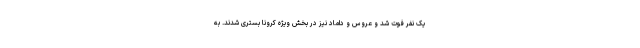
یک نفر فوت شد و عروس و داماد نیز در بخش ویژه کرونا بستری شدند. به